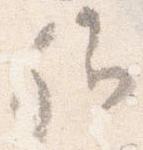
卿